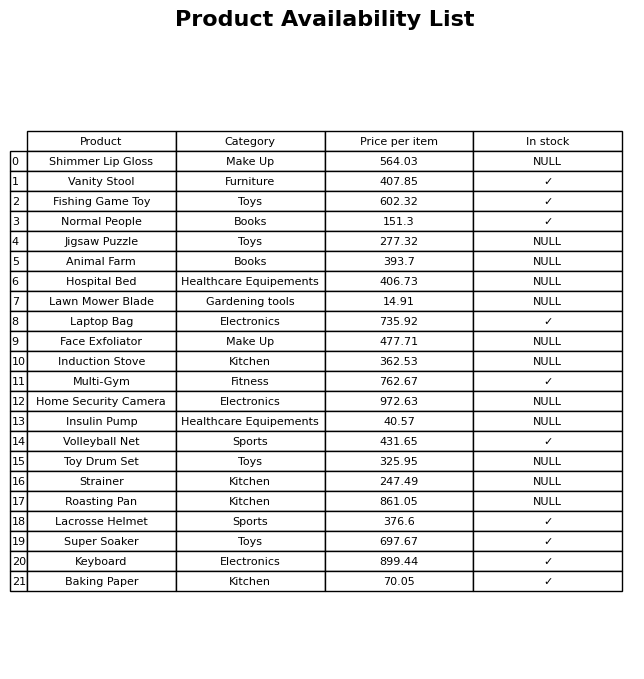
question: What is the price for Induction Stove?
answer: The price of Induction Stove is 362.53.